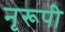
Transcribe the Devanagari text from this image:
नृरूपी